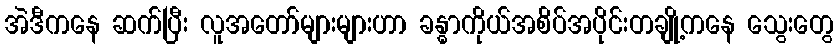
အဲဒီကနေ ဆက်ပြီး လူအတော်များများဟာ ခန္ဓာကိုယ်အစိပ်အပိုင်းတချို့ကနေ သွေးတွေ